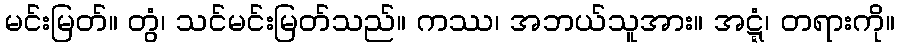
မင်းမြတ်။ တွံ၊ သင်မင်းမြတ်သည်။ ကဿ၊ အဘယ်သူအား။ အဋ္ဋံ၊ တရားကို။